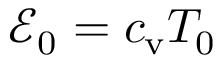
\mathcal { E } _ { 0 } = \ensuremath { c _ { \mathrm { v } } } T _ { 0 }